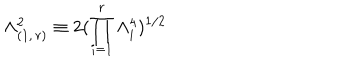
\Lambda _ { ( 1 , \, r ) } ^ { 2 } \equiv 2 ( \prod _ { i = 1 } ^ { r } \Lambda _ { i } ^ { 4 } ) ^ { 1 / 2 }